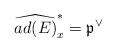
LaTeX: \begin{align*}\widehat{ad(E)}^{*}_x = \mathfrak{p}^{\vee}\end{align*}